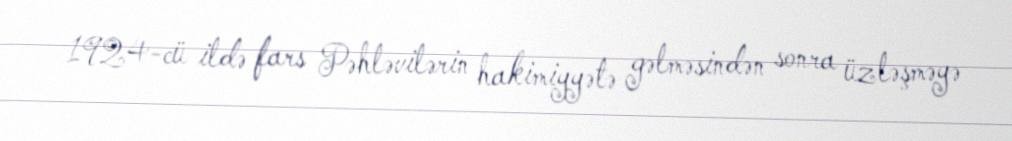
1924-cü ildə fars Pəhləvilərin hakimiyyətə gəlməsindən sonra üzləşməyə